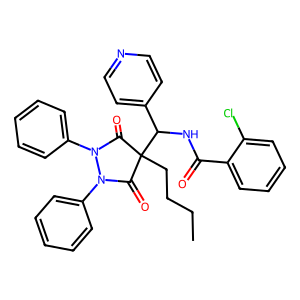
SMILES: CCCCC1(C(NC(=O)c2ccccc2Cl)c2ccncc2)C(=O)N(c2ccccc2)N(c2ccccc2)C1=O
Inhibits HIV replication: No